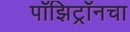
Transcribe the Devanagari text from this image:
पॉझिट्रॉनचा